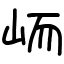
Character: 峏